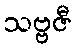
သဗ္ဗဇီ